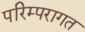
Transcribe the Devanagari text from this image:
परिम्परागत